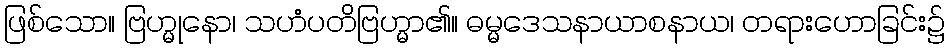
ဖြစ်သော။ ဗြဟ္မုနော၊ သဟံပတိဗြဟ္မာ၏။ ဓမ္မဒေသနာယာစနာယ၊ တရားဟောခြင်း၌